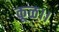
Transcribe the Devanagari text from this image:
कूळ।।